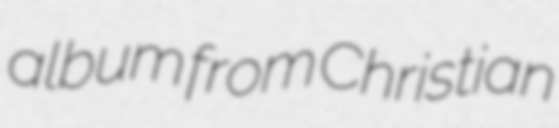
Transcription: album from Christian